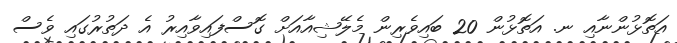
އަތޮޅުންނާއި ނ. އަތޮޅުން 20 ބައިވެރިން މެލޭޝިއާއަށް ގޮސްފައިވާއިރު އެ ދަތުރުގައި ވެސް